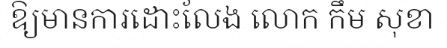
ឱ្យមានការដោះលែង លោក កឹម សុខា